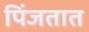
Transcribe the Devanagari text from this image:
पिंजतात